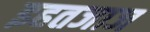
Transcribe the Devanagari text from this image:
इहतजाज